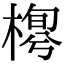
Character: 𣖼